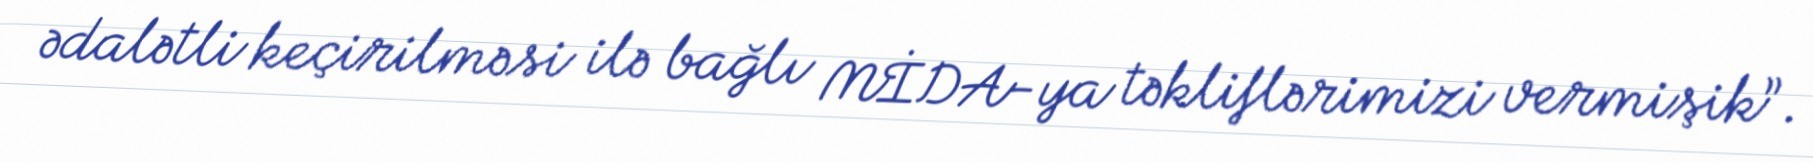
ədalətli keçirilməsi ilə bağlı MİDA-ya təkliflərimizi vermişik”.